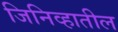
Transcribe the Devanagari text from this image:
जिनिव्हातील